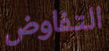
التفاوض